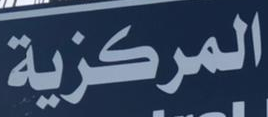
المركزية